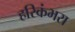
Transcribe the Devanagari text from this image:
हरिकंभरा